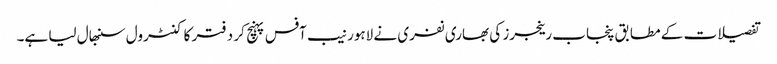
تفصیلات کے مطابق پنجاب رینجرز کی بھاری نفری نے لاہور نیب آفس پہنچ کر دفتر کا کنٹرول سنبھال لیا ہے۔